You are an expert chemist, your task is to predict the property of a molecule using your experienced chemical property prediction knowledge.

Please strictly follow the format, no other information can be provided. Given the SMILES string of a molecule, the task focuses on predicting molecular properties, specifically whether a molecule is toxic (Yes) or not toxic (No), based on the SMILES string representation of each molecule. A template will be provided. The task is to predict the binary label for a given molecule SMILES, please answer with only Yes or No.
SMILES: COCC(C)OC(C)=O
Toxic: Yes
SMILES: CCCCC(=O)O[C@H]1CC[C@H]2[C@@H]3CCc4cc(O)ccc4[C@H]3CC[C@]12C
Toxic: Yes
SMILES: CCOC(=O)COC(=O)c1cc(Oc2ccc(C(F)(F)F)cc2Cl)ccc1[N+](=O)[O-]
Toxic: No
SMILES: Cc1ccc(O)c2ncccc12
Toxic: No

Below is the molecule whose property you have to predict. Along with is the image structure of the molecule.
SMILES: CO/N=C(\C(=O)N[C@@H]1C(=O)N2C(C(=O)O)=C(C[N+]3(C)CCCC3)CS[C@H]12)c1csc(N)n1
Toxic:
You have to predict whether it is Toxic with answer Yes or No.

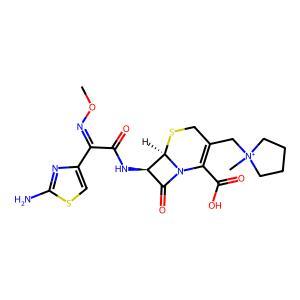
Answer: No